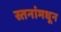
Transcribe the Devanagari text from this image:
स्तनांमधून